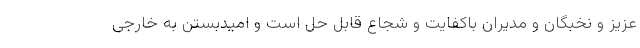
عزیز و نخبگان و مدیران باکفایت و شجاع قابل حل است و امیدبستن به خارجی